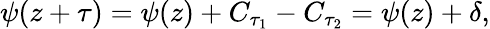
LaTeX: \psi(z+\tau)=\psi(z)+C_{\tau_{1}}-C_{\tau_{2}}=\psi(z)+\delta,